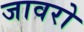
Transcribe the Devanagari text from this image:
जावरो